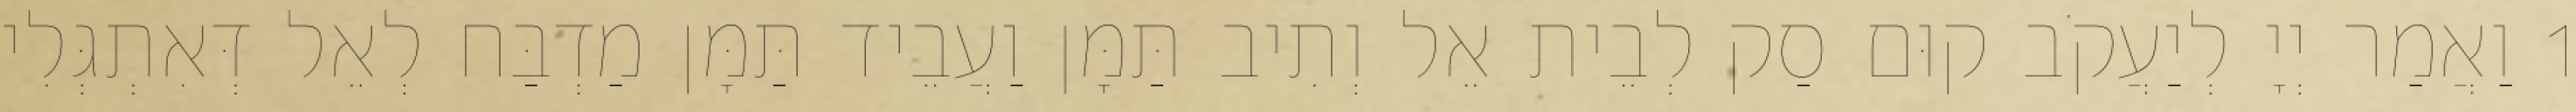
1 וַאֲמַר יְיָ לְיַעֲקֹב קוּם סַק לְבֵית אֵל וְתִיב תַּמָּן וַעֲבֵיד תַּמָּן מַדְבַּח לְאֵל דְּאִתְגְּלִי